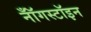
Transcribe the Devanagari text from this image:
नॉँगस्टॉइन